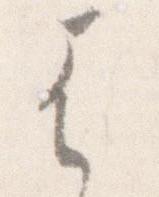
は